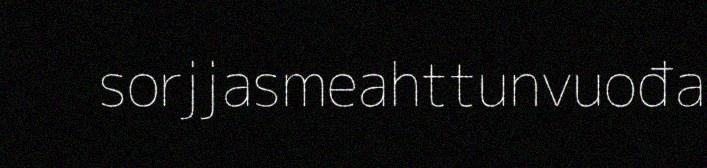
sorjjasmeahttunvuođa